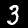
Label: 3